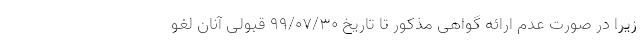
زیرا در صورت عدم ارائه گواهی مذکور تا تاریخ ۹۹/۰۷/۳۰ قبولی آنان لغو